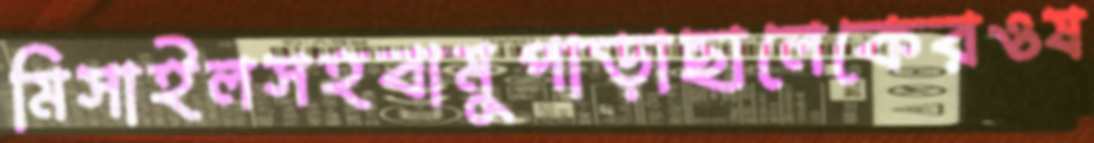
মিসাইলসহবামুপাড়াছালেকেরওষ